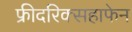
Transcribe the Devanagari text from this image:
फ्रीदरिक्सहाफेन